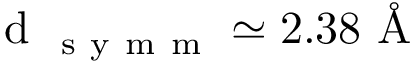
\mathrm { ~ d ~ } _ { \mathrm { ~ s ~ y ~ m ~ m ~ } } \simeq 2 . 3 8 \mathrm { ~ \AA ~ }